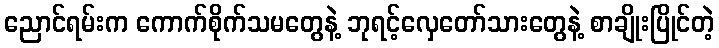
ညောင်ရမ်းက ကောက်စိုက်သမတွေနဲ့ ဘုရင့်လှေတော်သားတွေနဲ့ စာချိုးပြိုင်တဲ့